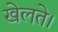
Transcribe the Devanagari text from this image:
खेलते।